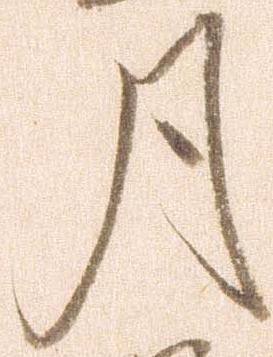
月